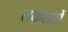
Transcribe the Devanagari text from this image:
तकरारों